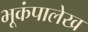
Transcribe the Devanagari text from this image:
भूकंपालेख